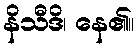
နိသီဒိ၊ နေ၏။